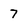
Character: 7